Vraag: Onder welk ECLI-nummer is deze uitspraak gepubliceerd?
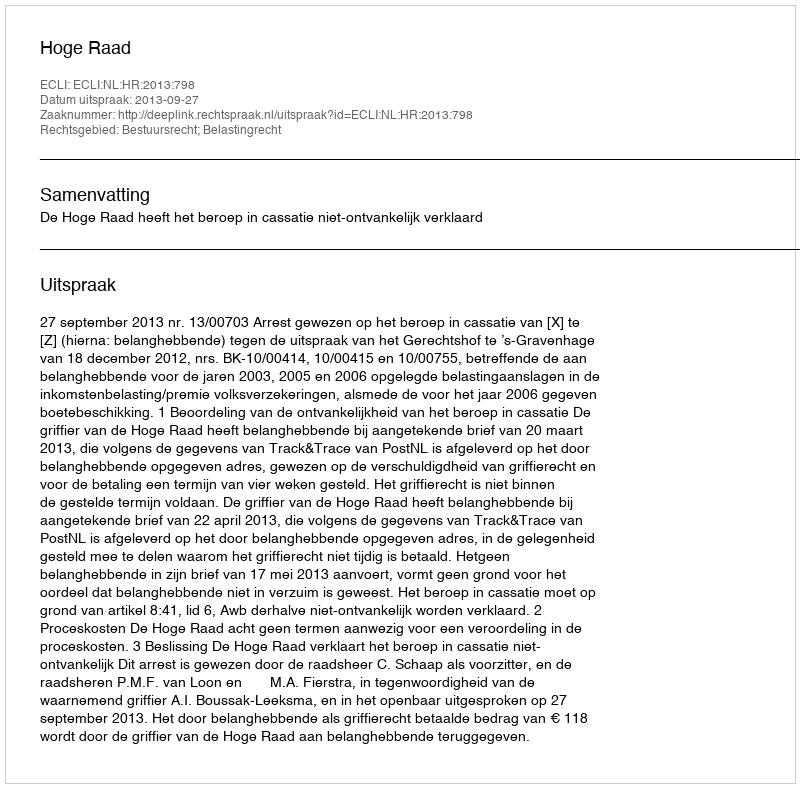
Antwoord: ECLI:NL:HR:2013:798